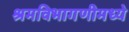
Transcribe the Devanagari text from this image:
श्रमविभागणीमध्ये